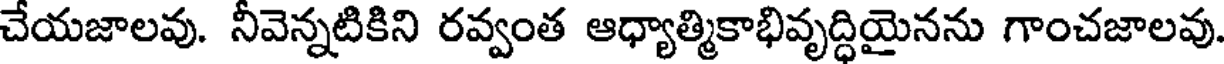
చేయజాలవు. నీవెన్నటికిని రవ్వంత ఆధ్యాత్మికాభివృద్ధియైనను గాంచజాలవు.